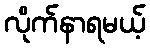
လိုက်နာရမယ့်